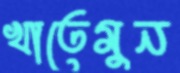
খাতেমুন